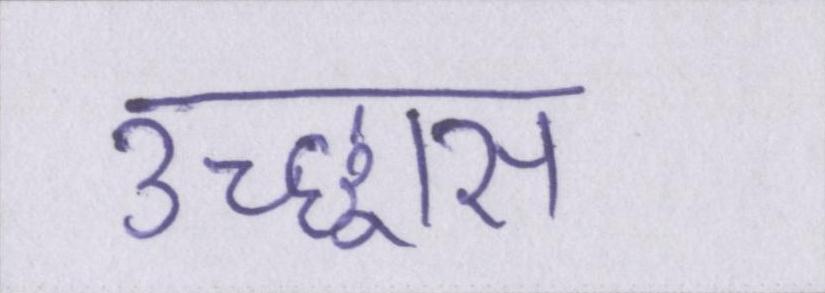
उच्छ्वास